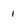
Character: 1